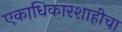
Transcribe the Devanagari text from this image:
एकाधिकारशाहीचा